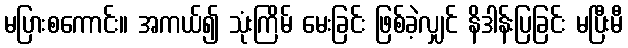
မပြားစကောင်း။ အကယ်၍ သုံးကြိမ် မေးခြင်း ဖြစ်ခဲ့လျှင် နိဒါန်းပြခြင်း မပြီးမီ